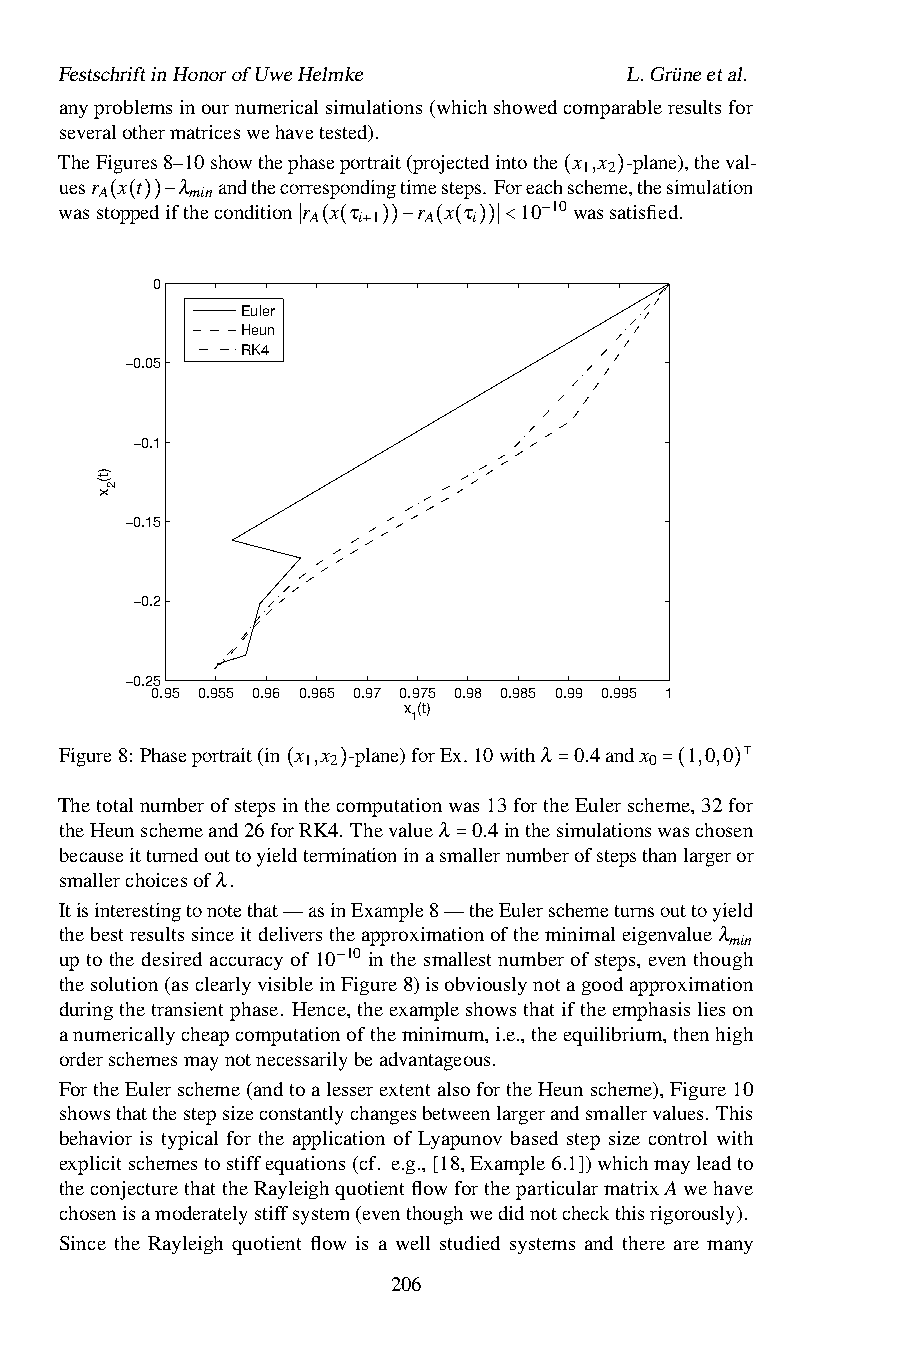
FestschriftinHonorofUweHelmke        L.Grüneetal.
 anyproblemsinournumericalsimulations(whichshowedcomparableresultsfor
 severalothermatriceswehavetested).
 TheFigures8–10showthephaseportrait(projectedintothe x ,x -plane),theval-
 1 2
 uesr x t λ andthecorrespondingtimesteps.Foreachscheme,thesimulation
 A     min
 wasstoppedifthecondition r x τ r x τ 10 10(wass)atisfied.
 A  i 1 A  i
 ( ( ))−
 −
 ∣ ( ( + ))− ( ( ))∣<
 0
 Euler
 Heun
 RK4
 −0.05
 −0.1
 −0.15
 −0.2
 −0.25
 0.95 0.955 0.96 0.965 0.97 0.975 0.98 0.985 0.99 0.995 1
 x (t)
 1
 Figure8: Phaseportrait(in x ,x -plane)forEx.10withλ 0.4andx 1,0,0
 1 2                    0
 ⊺
 Thetotalnumberofstepsi(nthec)omputationwas13forth=eEulersche=m(e,32f)or
 theHeunschemeand26forRK4. Thevalueλ 0.4inthesimulationswaschosen
 becauseitturnedouttoyieldterminationinasmallernumberofstepsthanlargeror
 smallerchoicesofλ.        =
 Itisinterestingtonotethat—asinExample8—theEulerschemeturnsouttoyield
 thebestresultssinceitdeliverstheapproximationoftheminimaleigenvalueλ
 min
 up to the desired accuracy of 10 10 in the smallest number of steps, even though
 thesolution(asclearlyvisiblein−Figure8)isobviouslynotagoodapproximation
 duringthetransientphase. Hence,theexampleshowsthatiftheemphasislieson
 anumericallycheapcomputationoftheminimum,i.e.,theequilibrium,thenhigh
 orderschemesmaynotnecessarilybeadvantageous.
 FortheEulerscheme(andtoalesserextentalsofortheHeunscheme),Figure10
 showsthatthestepsizeconstantlychangesbetweenlargerandsmallervalues. This
 behavior is typical for the application of Lyapunov based step size control with
 explicitschemestostiffequations(cf. e.g.,[18,Example6.1])whichmayleadto
 theconjecturethattheRayleighquotientflowfortheparticularmatrixAwehave
 chosenisamoderatelystiffsystem(eventhoughwedidnotcheckthisrigorously).
 Since the Rayleigh quotient flow is a well studied systems and there are many
 206
 )t(
 x
 2